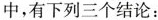
中，有下列三个结论：